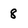
Character: 8